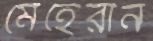
মেহেরীন